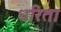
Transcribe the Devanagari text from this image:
धरिता